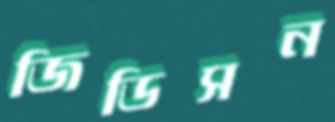
জিডিসন